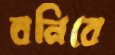
বনিবে